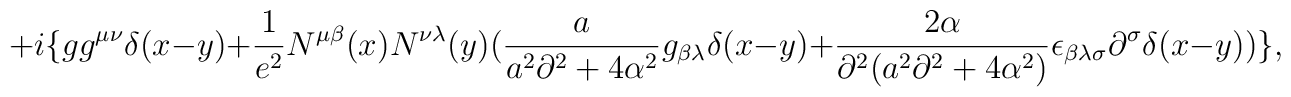
+i\{gg^{\mu\nu}\delta(x-y)+{1\over{e^2}}N^{\mu\beta}(x)N^{\nu\lambda}(y)({a\over{a^2\partial^2+4\alpha^2}}g_{\beta\lambda}\delta(x-y)+{{2\alpha}\over{\partial^2(a^2\partial^2+4\alpha^2)}}\epsilon_{\beta\lambda\sigma}\partial^\sigma\delta(x-y))\},